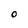
Character: O